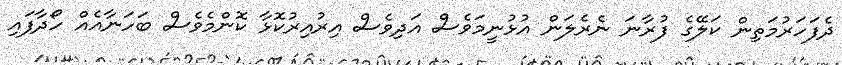
ދެފަހަރުމަތިން ކަލޭގެ ފުރާނަ ނެރެލަން އުޅުނީމަވެސް އަދިވެސް އިރުއިރުކޮޅާ ކޮންމެވެސް ބަހަނާއެއް ހޯދާފައި